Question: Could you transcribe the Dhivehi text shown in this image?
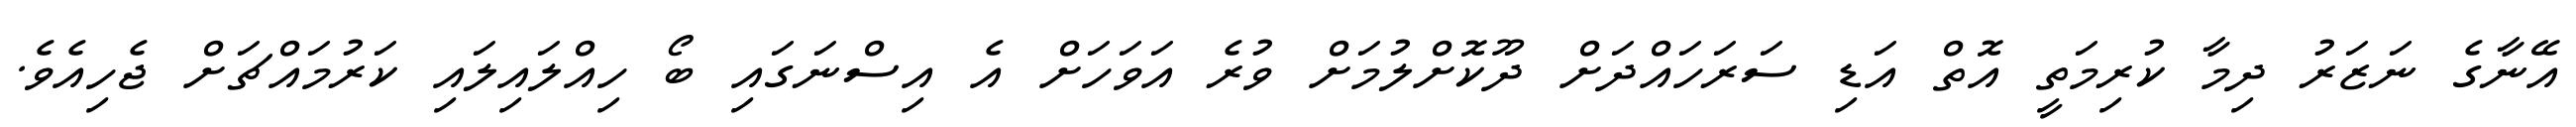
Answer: އޭނާގެ ނަޒަރު ދިމާ ކުރިމަތީ އޮތް އަޑި ސަރަހައްދަށް ދޫކޮށްލުމަށް ވުރެ އަވަހަށް އެ އިސްނަގައި ބޯ ހިއްލައިލައި ކަރުމައްޗަށް ޖެހިއެވެ.